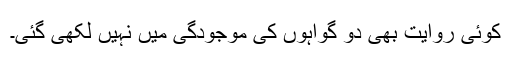
کوئی روایت بھی دو گواہوں کی موجودگی میں نہیں لکھی گئی۔